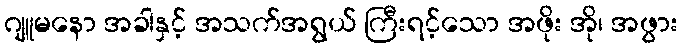
ဂျူမနော အခါနှင့် အသက်အရွယ် ကြီးရင့်သော အဖိုး အို၊ အဖွား